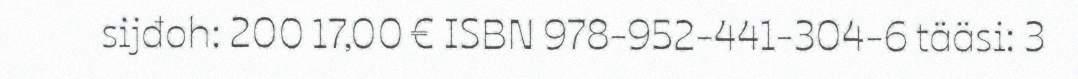
sijđoh: 200 17,00 € ISBN 978-952-441-304-6 tääsi: 3